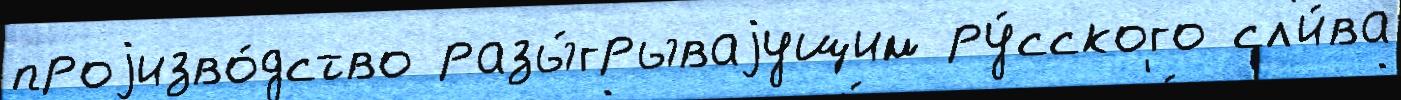
проjизво́дство разы́грываjущим ру́сского сл'и́ва